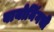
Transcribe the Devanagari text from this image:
वायोमिंगची